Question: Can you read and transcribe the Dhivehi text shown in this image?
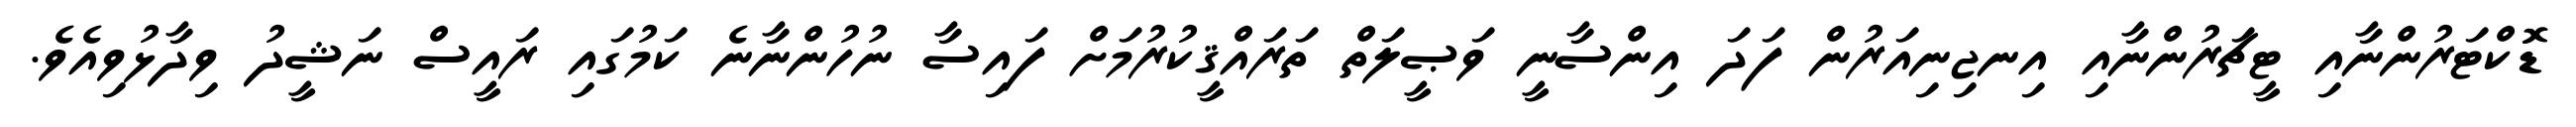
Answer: ޑޮކްޓަރުންނާއި ޓީޗަރުންނާއި އިނޖިނިއަރުން ފަދަ އިންސާނީ ވަޞީލަތް ތަރައްޤީކުރުމަށް ފައިސާ ނުހުންނާނެ ކަމުގައި ރައީސް ނަޝީދު ވިދާޅުވިއެވެ.